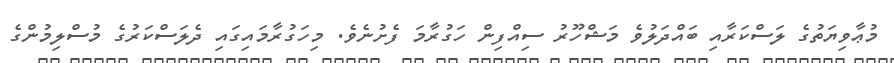
މުޢާވިޔަތުގެ ލަސްކަރާއި ބައްދަލުވެ މަޝްހޫރު ސިއްފިން ހަގުރާމަ ފެށުނެވެ. މިހަގުރާމައިގައި ދެލަސްކަރުގެ މުސްލިމުންގެ